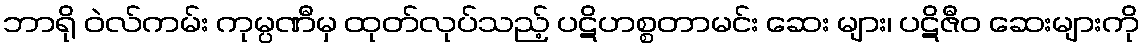
ဘာရို ဝဲလ်ကမ်း ကုမ္ပဏီမှ ထုတ်လုပ်သည့် ပဋိဟစ္စတာမင်း ဆေး များ၊ ပဋိဇီဝ ဆေးများကို